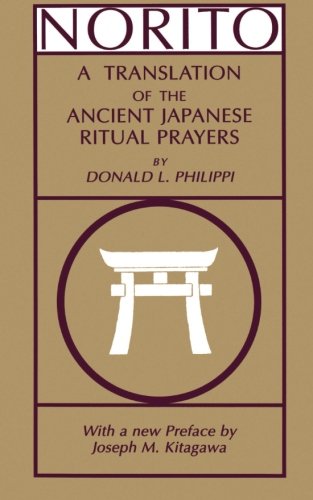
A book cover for Norito; Donald L. Philippi; Religion & Spirituality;